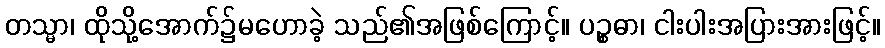
တသ္မာ၊ ထိုသို့အောက်၌မဟောခဲ့ သည်၏အဖြစ်ကြောင့်။ ပဉ္စဓာ၊ ငါးပါးအပြားအားဖြင့်။